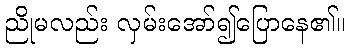
ညိုမလည်း လှမ်းအော်၍ပြောနေ၏။